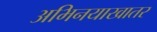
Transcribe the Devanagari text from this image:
अभिनयाखातर